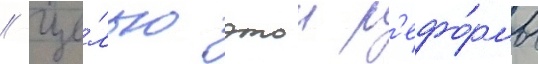
// Це́лью этои р'ефо́рмы